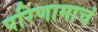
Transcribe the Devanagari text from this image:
परिणामाचं